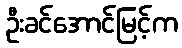
ဦးခင်အောင်မြင့်က